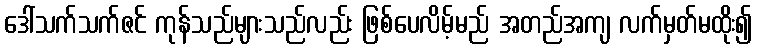
ဒေါ်သက်သက်ဇင် ကုန်သည်များသည်လည်း ဖြစ်ပေလိမ့်မည် အတည်အကျ လက်မှတ်မထိုး၍